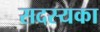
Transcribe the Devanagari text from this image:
सदस्यका